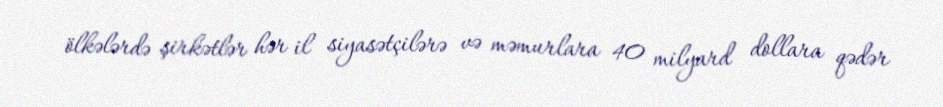
ölkələrdə şirkətlər hər il siyasətçilərə və məmurlara 40 milyard dollara qədər